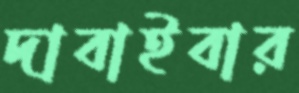
দাবাইবার